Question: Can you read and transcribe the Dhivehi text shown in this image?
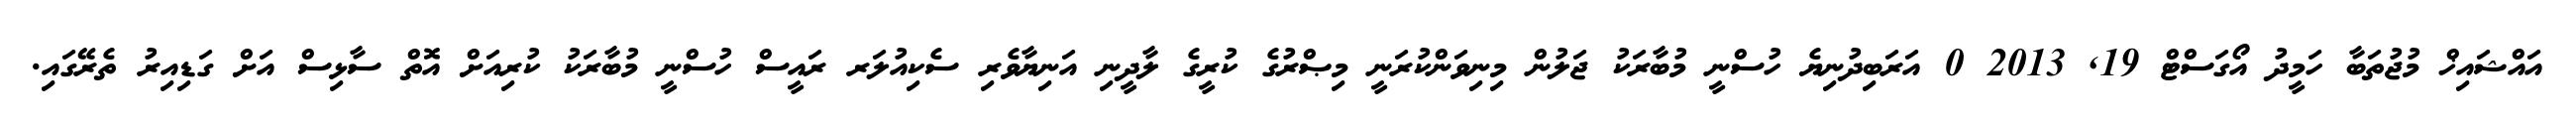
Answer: އައްޝައިޚް މުޖުތަބާ ހަމީދު އޯގަސްޓް 19, 2013 0 އަރަބިދުނިޔެ ހުސްނީ މުބާރަކު ޖަލުން މިނިވަންކުރަނީ މިޞްރުގެ ކުރީގެ ލާދީނި އަނިޔާވެރި ސެކިއުލަރ ރައީސް ހުސްނީ މުބާރަކު ކުރިއަށް އޮތް ސާޅިސް އަށް ގަޑިއިރު ތެރޭގައި.